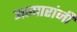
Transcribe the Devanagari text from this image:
आगारांनी